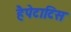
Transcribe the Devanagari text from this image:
हैपेटाटिस